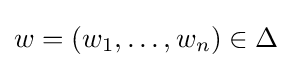
w=(w_{1},\dots ,w_{n})\in \Delta